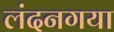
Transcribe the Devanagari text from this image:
लंदनगया